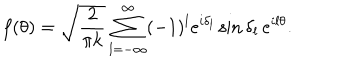
f ( \theta ) = \sqrt { \frac { 2 } { \pi k } } \sum _ { l = - \infty } ^ { \infty } ( - 1 ) ^ { l } e ^ { i \delta _ { l } } \sin \delta _ { l } \, e ^ { i l \theta } .